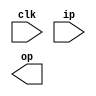
module rough(
    input clk,
    input  [9:0]ip,
    output [9:0] op
    );always@(posedge clk)
begin




end








endmodule